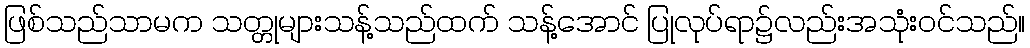
ဖြစ်သည်သာမက သတ္တုများသန့်သည်ထက် သန့်အောင် ပြုလုပ်ရာ၌လည်းအသုံးဝင်သည်။